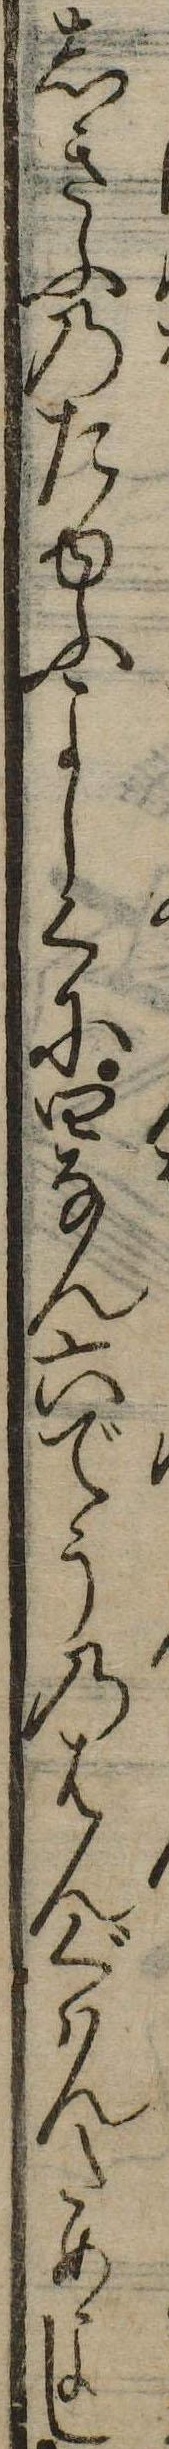
しきふのたゆふよしくに四なん六でうのはんぐはんためよし